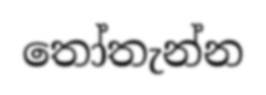
තෝතැන්න